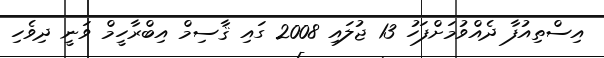
އިސްތިއުފާ ދެއްވުމަށްފަހު 13 ޖުލައި 2008 ގައި ޤާސިމް އިބްރާހީމް ވަނީ ދިވެހި